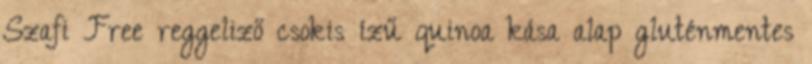
Szafi Free reggeliző csokis ízű quinoa kása alap gluténmentes